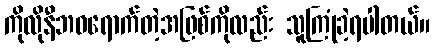
ကိုလိုနီဘဝရောက်တဲ့အဖြစ်ကိုလည်း သူကြုံခဲ့ရပါတယ်။